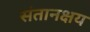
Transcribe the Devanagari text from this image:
संतानक्षय